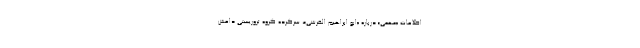
اطلاعات «مهمی» درباره «ابو ابراهیم القرشی»، سرکرده گروه تروریستی داعش